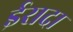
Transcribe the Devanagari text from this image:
ईरादा